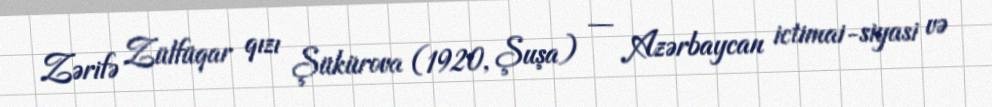
Zərifə Zülfüqar qızı Şükürova (1920, Şuşa) — Azərbaycan ictimai-siyasi və